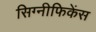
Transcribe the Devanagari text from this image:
सिग्नीफिकेंस